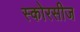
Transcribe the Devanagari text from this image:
स्कोरसीज